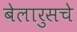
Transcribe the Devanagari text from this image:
बेलारुसचे